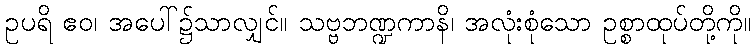
ဥပရိ ဧဝ၊ အပေါ်၌သာလျှင်။ သဗ္ဗဘဏ္ဍကာနိ၊ အလုံးစုံသော ဥစ္စာထုပ်တို့ကို။